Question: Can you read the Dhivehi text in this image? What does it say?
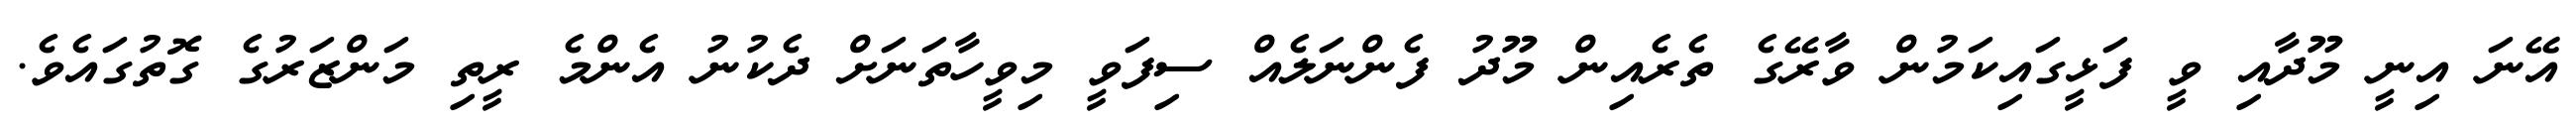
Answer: އޭނަ އިނީ މޫދާއި ވީ ފަޅީގައިކަމުން ވާރޭގެ ތެރެއިން މޫދު ފެންނަލެއް ސިފަވީ މިވީހާތަނަށް ދެކުނު އެންމެ ރީތި މަންޒަރުގެ ގޮތުގައެވެ.